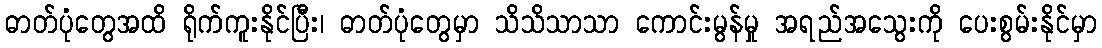
ဓာတ်ပုံတွေအထိ ရိုက်ကူးနိုင်ပြီး၊ ဓာတ်ပုံတွေမှာ သိသိသာသာ ကောင်းမွန်မှု အရည်အသွေးကို ပေးစွမ်းနိုင်မှာ